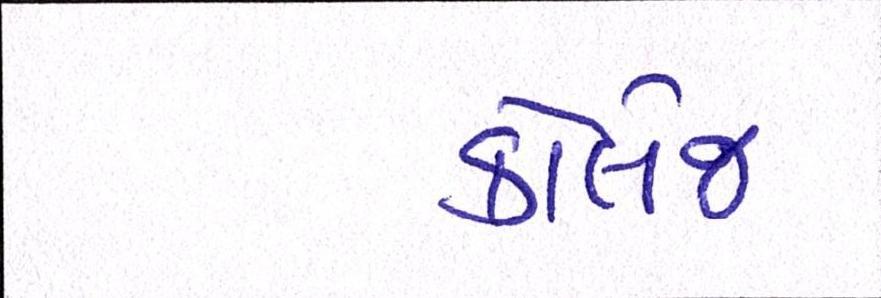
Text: કોલેજ